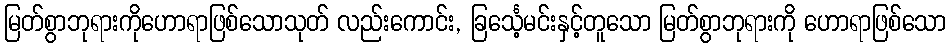
မြတ်စွာဘုရားကိုဟောရာဖြစ်သောသုတ် လည်းကောင်း, ခြင်္သေ့မင်းနှင့်တူသော မြတ်စွာဘုရားကို ဟောရာဖြစ်သော